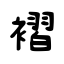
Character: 褶